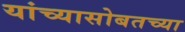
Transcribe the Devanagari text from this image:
यांच्यासोबतच्या